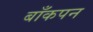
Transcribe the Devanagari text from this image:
बाँकपन